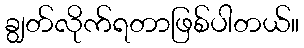
ချွတ်လိုက်ရတာဖြစ်ပါတယ်။